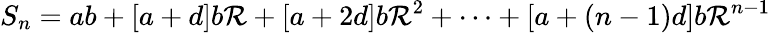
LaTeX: S_{n}=ab+[a+d]b\mathcal{R}+[a+2d]b\mathcal{R}^{2}+\cdots+[a+(n-1)d]b\mathcal{R}^{n-1}